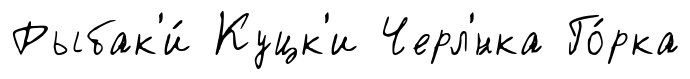
Рыбак'и́ Куцк'и Черл'́нка Го́рка